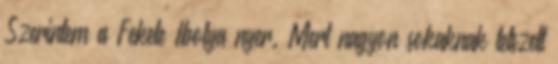
Szerintem a Fekete Ibolya nyer. Mert nagyon sokaknak tetszett